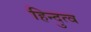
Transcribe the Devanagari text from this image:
हिन्‍दुत्‍व